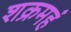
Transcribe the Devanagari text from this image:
शक्रमहं